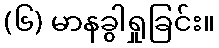
(၆) မာနခွါရှုခြင်း။